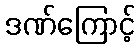
ဒဏ်ကြောင့်